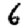
Digit: 6